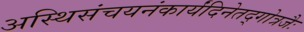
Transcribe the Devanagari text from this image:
अस्थिसंचयनंकार्यंदिनेतद्गोत्रजैः